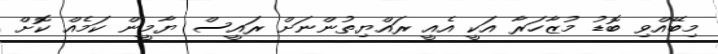
މިބޭއްވި ބޮޑު މުޒާހަރާ އަކީ އެއީ ރައްޔިތުންނަށް ރައީސް ޔާމީން ކަމެއް ކޮށް